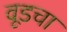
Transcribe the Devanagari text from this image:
वूडचा